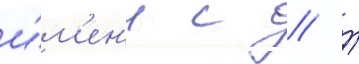
и́м'ен'и с // Т